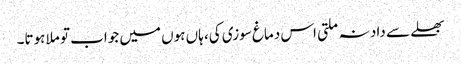
بھلے سے داد نہ ملتی اس دماغ سوزی کی، ہاں ہوں میں جواب تو ملا ہوتا۔